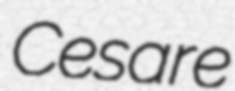
Cesare